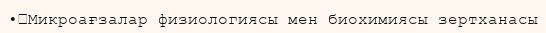
•	Микроағзалар физиологиясы мен биохимиясы зертханасы